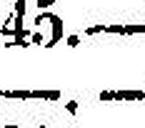
—.—